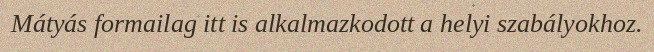
Mátyás formailag itt is alkalmazkodott a helyi szabályokhoz.